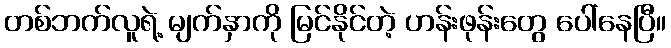
တစ်ဘက်လူရဲ့ မျက်နှာကို မြင်နိုင်တဲ့ ဟန်းဖုန်းတွေ ပေါ်နေပြီ။